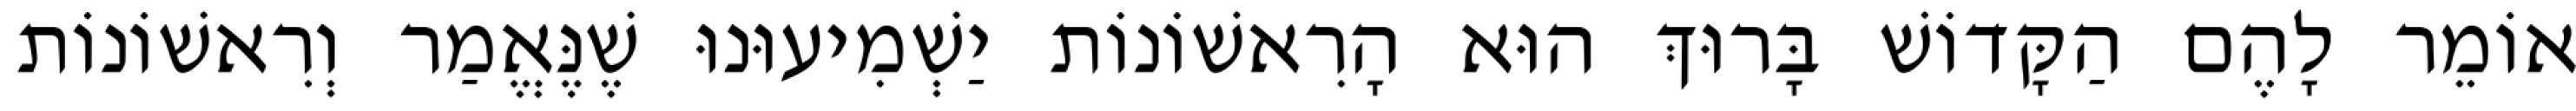
אוֹמֵר לָהֶם הַקָּדוֹשׁ בָּרוּךְ הוּא הָרִאשׁוֹנוֹת יַשְׁמִיעוּנוּ שֶׁנֶּאֱמַר וְרִאשׁוֹנוֹת